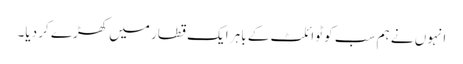
انہوں نے ہم سب کو ٹوائلٹ کے باہر ایک قطار میں کھڑے کر دیا۔